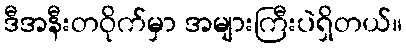
ဒီအနီးတဝိုက်မှာ အများကြီးပဲရှိတယ်။